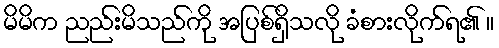
မိမိက ညည်းမိသည်ကို အပြစ်ရှိသလို ခံစားလိုက်ရ၏ ။